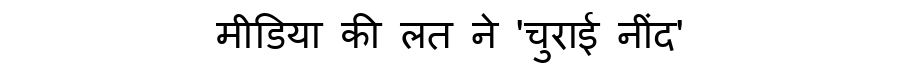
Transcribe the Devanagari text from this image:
मीडिया की लत ने 'चुराई नींद'